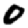
Digit: 0